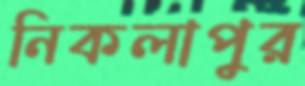
নিকলাপুর